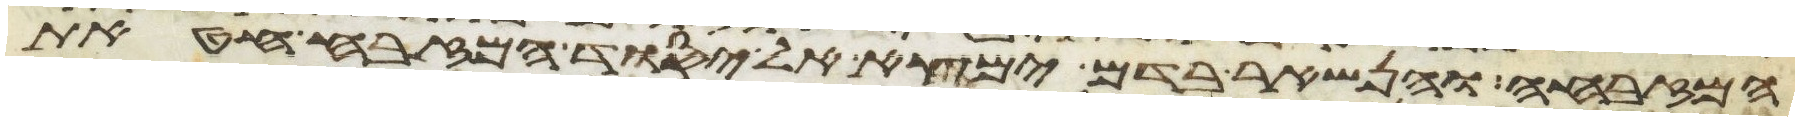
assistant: המזבח והנשאר בדם ימצא אל יסוד המזבח חטאת